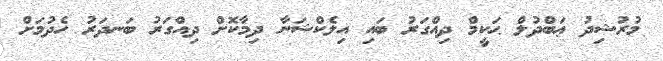
މުރުޝިދު ޢަބްދުލް ޙަކީމް ދިއްގަރު ބައި އިލެކްޝަނާ ދިމާކޮށް ދިއްގަރު ބަނދަރު ހެދުމަށް